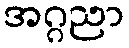
အဂ္ဂညာ